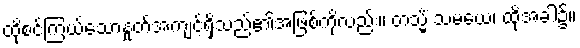
ထိုစင်ကြယ်သောနှုတ်အကျင့်ရှိသည်၏အဖြစ်ကိုလည်း။ တသ္မိံ သမယေ၊ ထိုအခါ၌။